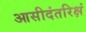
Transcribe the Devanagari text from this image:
आसीदंतरिक्षं